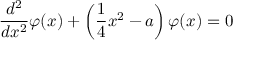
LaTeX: \frac { d ^ { 2 } } { d x ^ { 2 } } \varphi ( x ) + \left( \frac { 1 } { 4 } x ^ { 2 } - a \right) \varphi ( x ) = 0